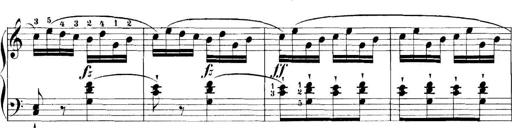
Title: 11 Sonatinas
Composer: Anton Diabelli